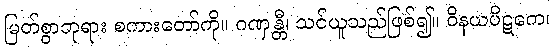
မြတ်စွာဘုရား စကားတော်ကို။ ဂဏှန္တီ၊ သင်ယူသည်ဖြစ်၍။ ဝိနယပိဋကေ၊